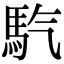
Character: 𩡹